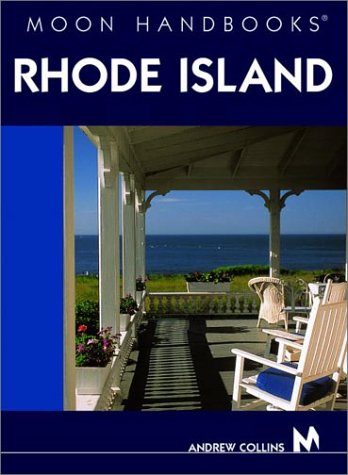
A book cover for Moon Handbooks Rhode Island; Andrew Collins; Travel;